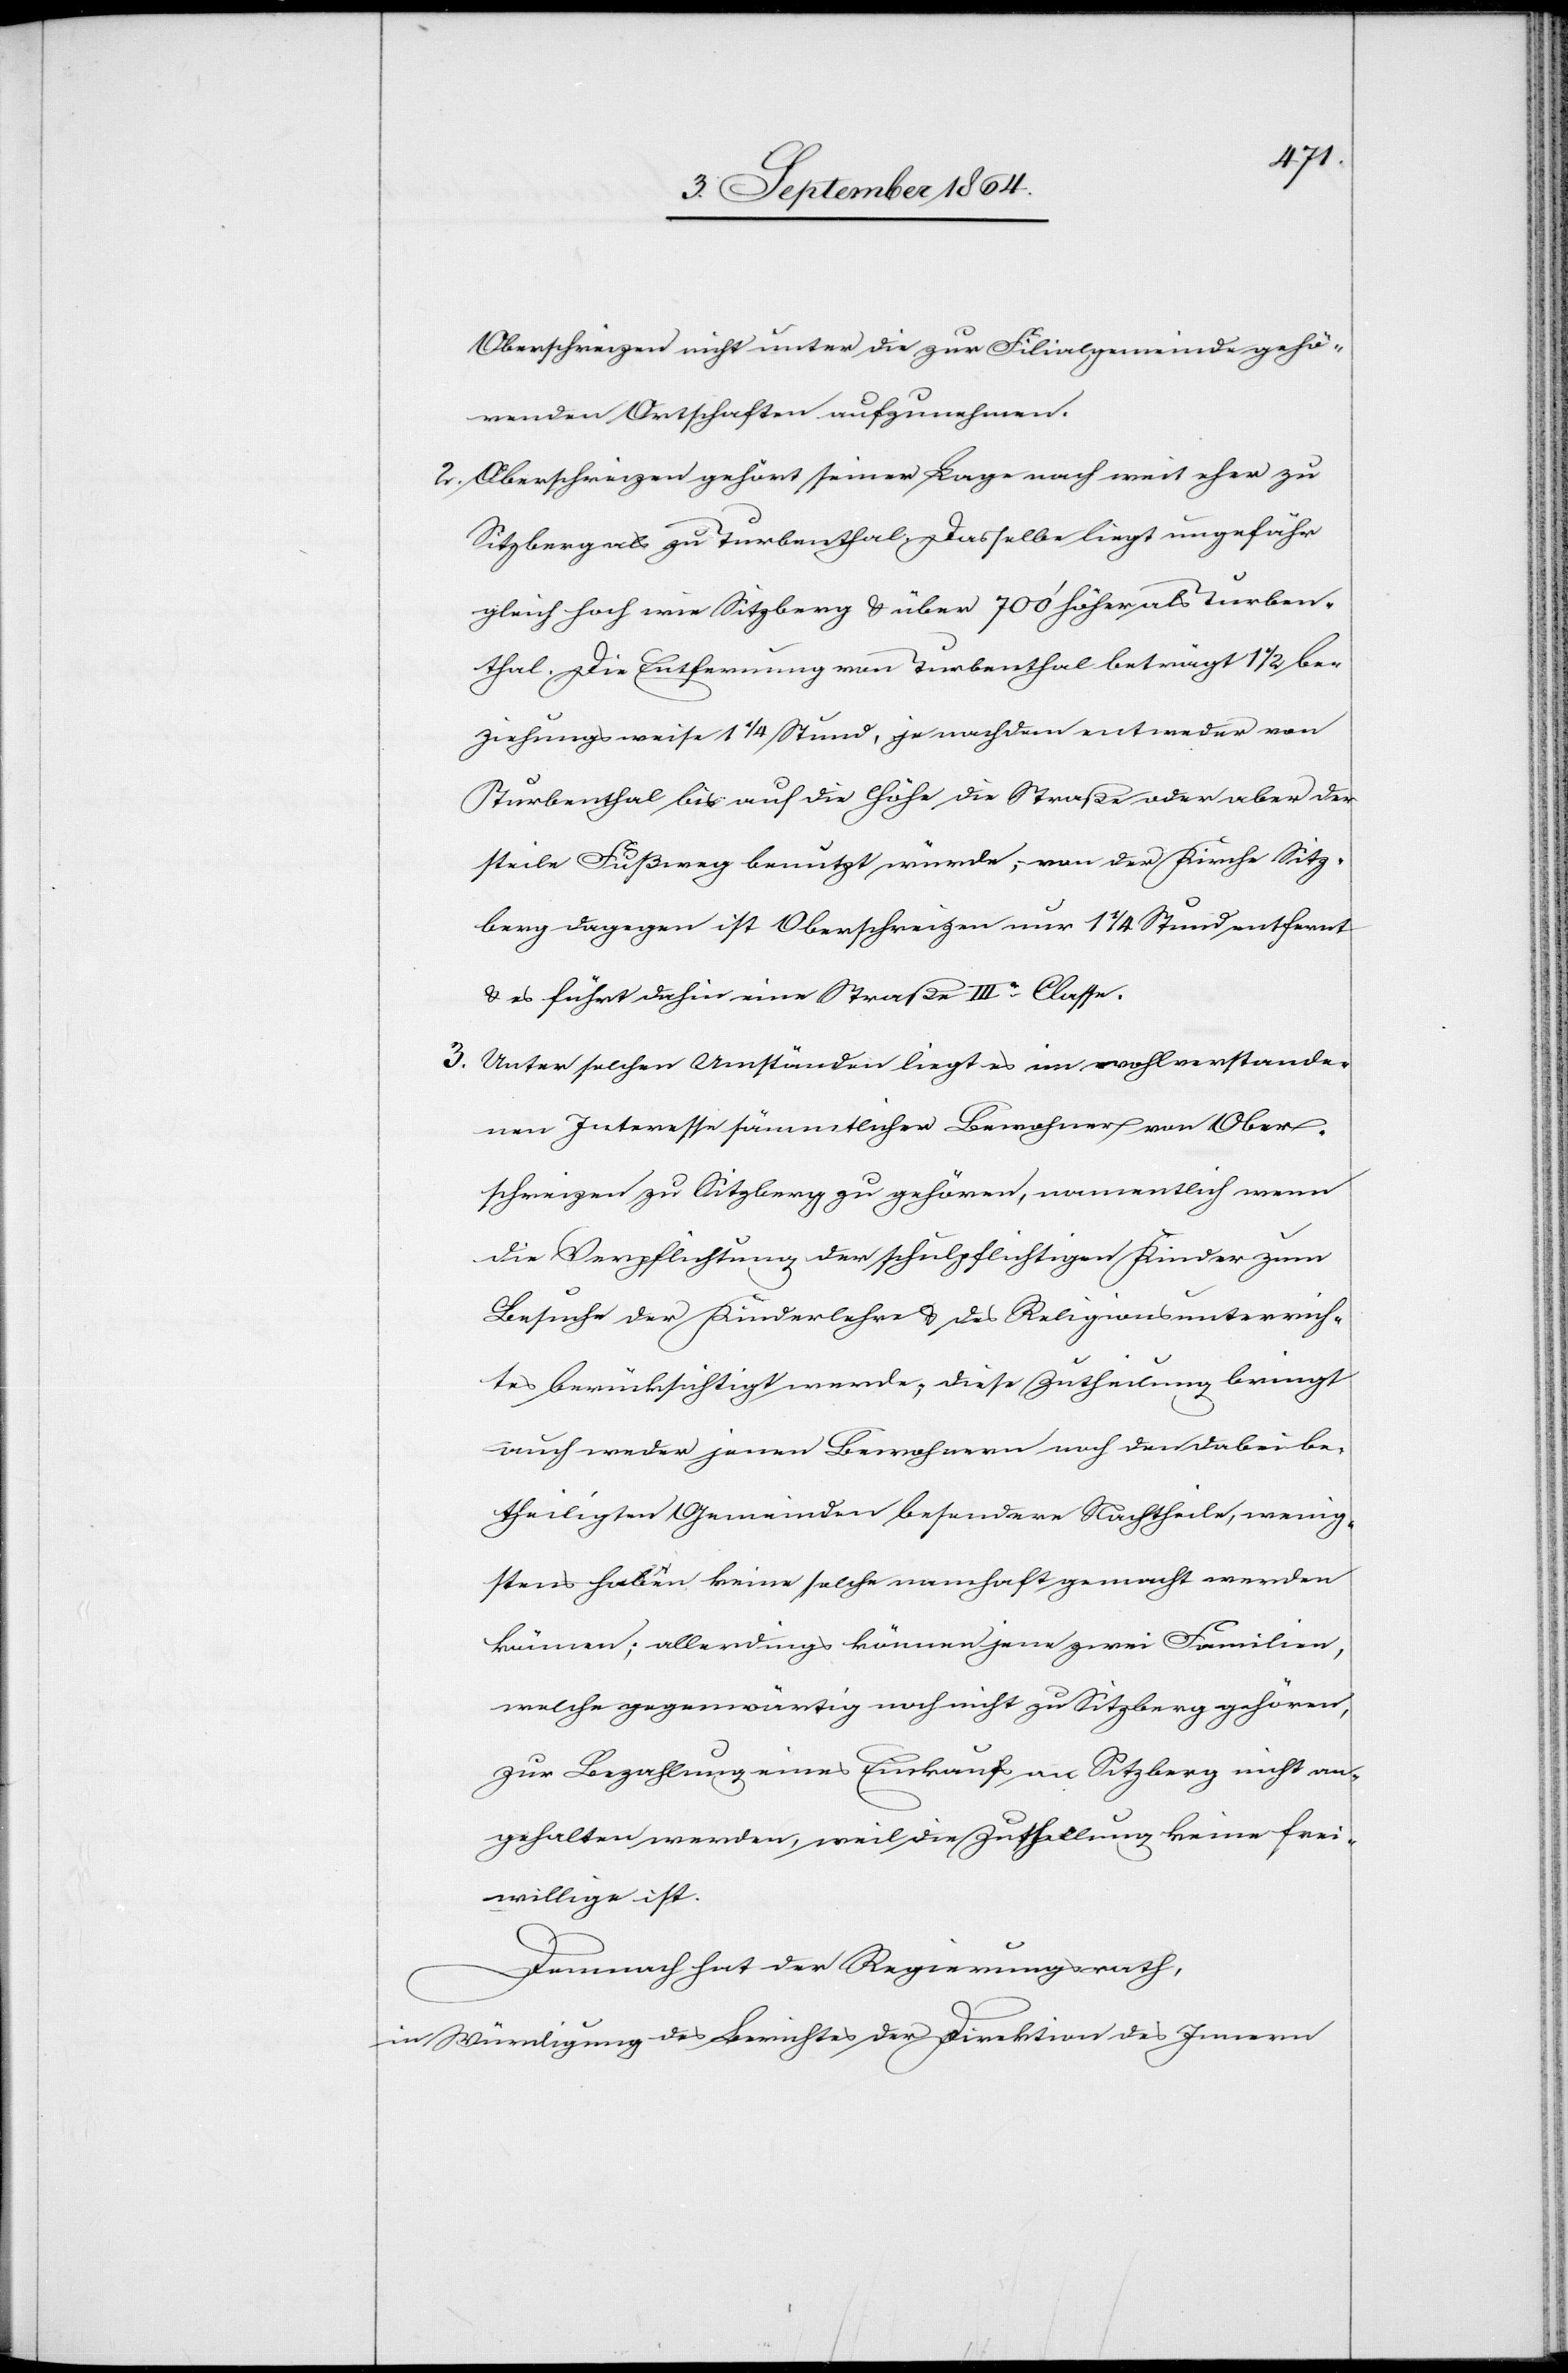
Oberschreizen nicht unter die zur Filialgemeinde gehö¬
renden Ortschaften aufzunehmen.
2.	Oberschreizen gehört seiner Lage nach weit eher zu
Sitzberg als zu Turbenthal. Dasselbe liegt ungefähr
gleich hoch wie Sitzberg & über 700’ höher als Turben¬
thal. Die Entfernung von Turbenthal beträgt 1 1/2 be¬
ziehungsweise 1 1/4 Stund, je nachdem entweder von
Turbenthal bis auf die Höhe der Straße oder aber der
steile Fußweg benützt würde; von der Kirche Sitz¬
berg dagegen ist Oberschreizen nur 1 1/4 Stund entfernt
& es führt dahin eine Straße IIIer. Classe.
3) Unter solchen Umständen liegt es im wohlverstande¬
nen Interesse sämmtlicher Bewohner von Ober¬
schreizen zu Sitzberg zu gehören, namentlich wenn
die Verpflichtung der schulpflichtigen Kinder zum
Besuche der Kinderlehre & des Religionsunterrich¬
tes berücksichtigt werde; diese Zutheilung bringt
auch weder jenen Bewohnern noch den dabei be¬
theiligten Gemeinden besondere Nachtheile, wenig¬
stens haben keine solche namhaft gemacht werden
können; allerdings können jene zwei Familien,
welche gegenwärtig noch nicht zu Sitzberg gehören,
zur Bezahlung eines Einkaufs an Sitzberg nicht an¬
gehalten werden, weil die Zutheilung keine frei¬
willige ist.
Demnach hat der Regierungsrath,
in Würdigung des Berichtes der Direktion des Innern